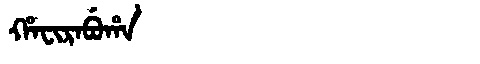
Manchu: ᡥᠠᠸᡳᡵᠠᠪᡠᡥᠠ
Romanization: HAFIRABUHA